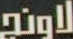
لاونج